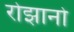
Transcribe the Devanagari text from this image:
रोझानो